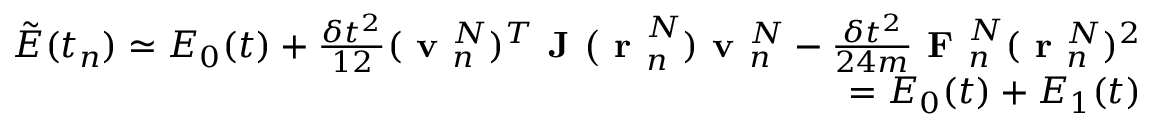
\begin{array} { r } { \tilde { E } ( t _ { n } ) \simeq E _ { 0 } ( t ) + \frac { \delta t ^ { 2 } } { 1 2 } ( \textbf { v } _ { n } ^ { N } ) ^ { T } \textbf { J ( r } _ { n } ^ { N } ) \textbf { v } _ { n } ^ { N } - \frac { \delta t ^ { 2 } } { 2 4 m } \textbf { F } _ { n } ^ { N } ( \textbf { r } _ { n } ^ { N } ) ^ { 2 } } \\ { = E _ { 0 } ( t ) + E _ { 1 } ( t ) } \end{array}